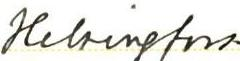
Helsingfors